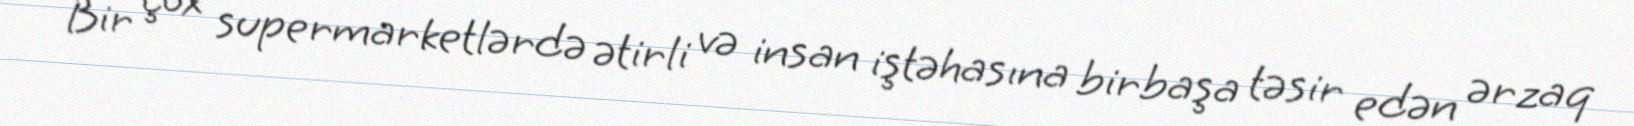
Bir çox supermarketlərdə ətirli və insan iştəhasına birbaşa təsir edən ərzaq